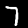
Label: 7